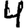
Digit: 4